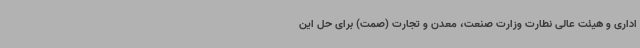
اداری و هیئت عالی نطارت وزارت صنعت، معدن و تجارت (صمت) برای حل این